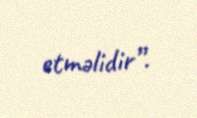
etməlidir”.